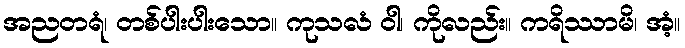
အညတရံ၊ တစ်ပါးပါးသော။ ကုသလံ ဝါ၊ ကိုလည်း။ ကရိဿာမိ၊ အံ့။